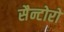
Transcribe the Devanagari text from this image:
सैन्टोरो